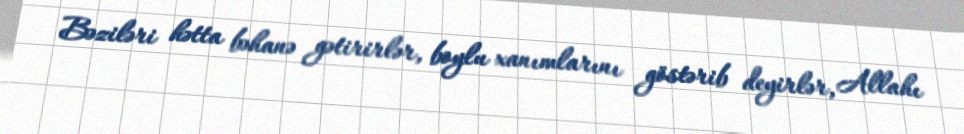
Bəziləri hətta bəhanə gətirirlər, boylu xanımlarını göstərib deyirlər, Allahı